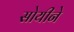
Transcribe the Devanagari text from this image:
सोयीने